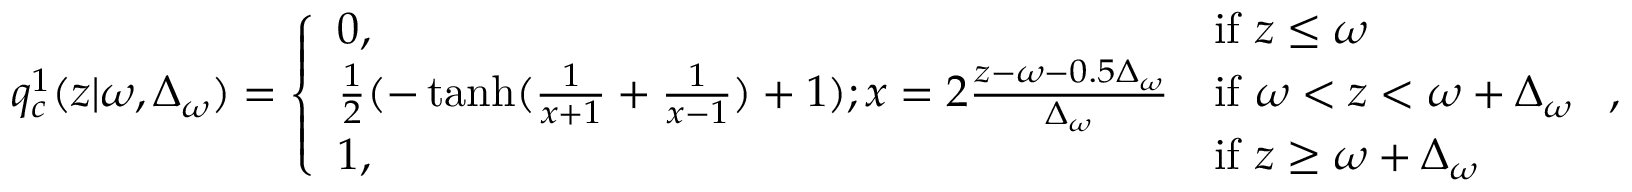
q _ { c } ^ { 1 } ( z | \omega , \Delta _ { \omega } ) = \left\{ \begin{array} { l l } { 0 , } & { \mathrm { i f ~ } z \leq \omega } \\ { \frac { 1 } { 2 } ( - \operatorname { t a n h } ( \frac { 1 } { x + 1 } + \frac { 1 } { x - 1 } ) + 1 ) ; x = 2 \frac { z - \omega - 0 . 5 \Delta _ { \omega } } { \Delta _ { \omega } } } & { \mathrm { i f ~ } \omega < z < \omega + \Delta _ { \omega } } \\ { 1 , } & { \mathrm { i f ~ } z \geq \omega + \Delta _ { \omega } } \end{array} \right. \mathrm { , }